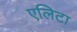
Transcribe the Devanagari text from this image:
एलिटा